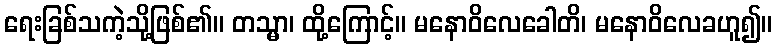
ရေးခြစ်သကဲ့သို့ဖြစ်၏။ တသ္မာ၊ ထို့ကြောင့်။ မနောဝိလေခေါတိ၊ မနောဝိလေခဟူ၍။